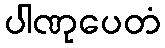
ပါဏုပေတံ